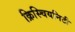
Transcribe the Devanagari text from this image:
क्रिस्चियनिटी